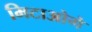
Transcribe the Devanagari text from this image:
मिटाओगे